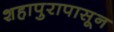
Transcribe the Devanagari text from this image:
शहापुरापासून